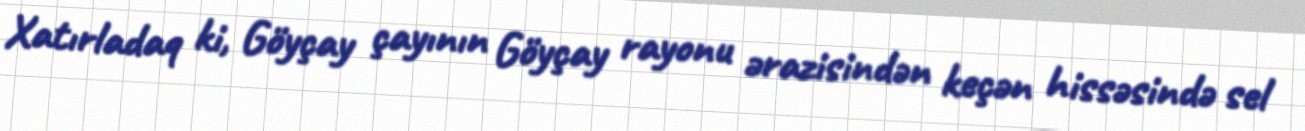
Xatırladaq ki, Göyçay çayının Göyçay rayonu ərazisindən keçən hissəsində sel